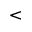
<